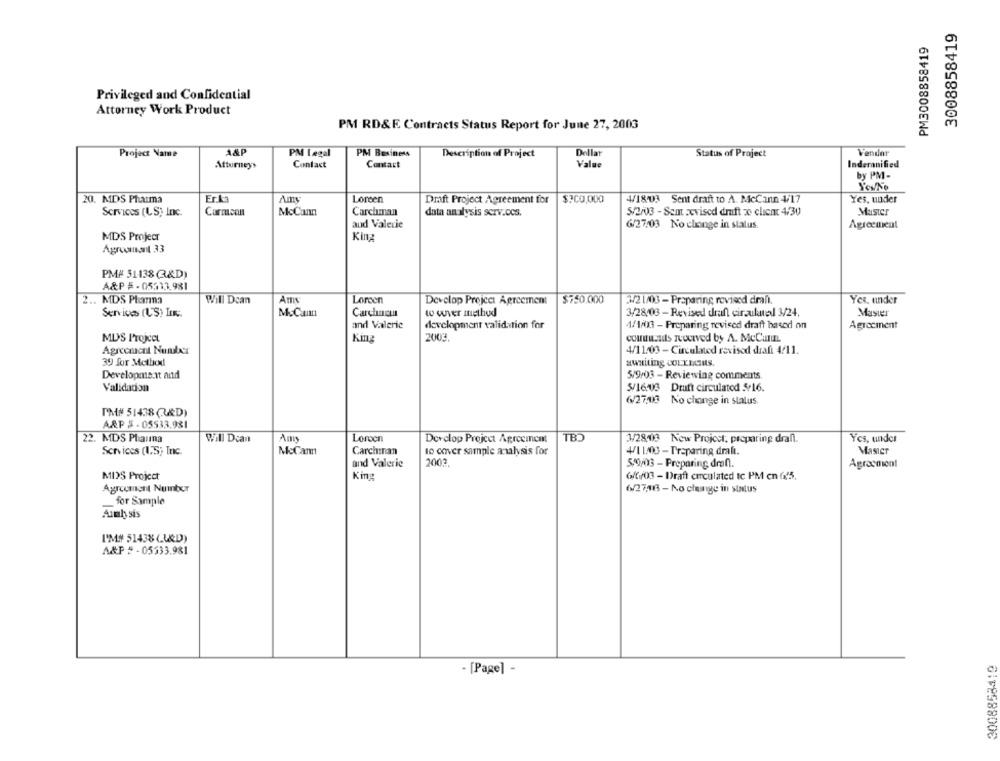
3008858419
PM3008858419
Privileged and Confidential
Attorney Work Product
PM RD&E Contracts Status Report for June 27, 2003
Project Name
A&P
PM Legal
PM Business
Dellat
Status of Project
Vender
Description of Project
Attorneys
Contact
Contact
Value
Inderanified
by PM-
20. MDS Pharma
Amy
Loreen
$?CO,000
4/18/03 Sent draft to A. McCann 4/17
Yes, under
Draft Project Agreement for
Services (LS) Inc.
Carmcan
McCann
Carchman
data analysis scrv.ccs.
5/2/03 - Semt zevised draft ze client 4/30
Master
and Valerie
6/27/03 No change in status.
Agreement
MDS Project
King
Agrooment 33
PM# 51438Q&D)
A&P # - 05333.981
Am
2 .. MDS Planna
Will Dcan
Loreen
Develop Project Agreement
$750.000
3/2 1/03 - Preparing revised draft.
Yes. under
Services (US) In.
Carcincu
to wver method
3/28/03 - Revised dran circulatedl 3/24.
Master
and Valerie
development validation for
4/1/03 - Preparing revised draft based on
Agrocmnent
MUS Projcet
King
2003.
commusuits received by A. MeCunun
Agreement Number
4/11.03 - Circulated revised draft 4/11.
39 for Method
awaiting COLLINS,
Development and
5/9/03 - Reviewing comments
Validation
5/16/03 Druft circulatod 516.
6/27,13
No change in status.
PM# 51438 (AD)
A&P #-05533.981
22. MDS Phauna
Will Dcan
Ans
Loroen
Develop Project Agreement
TBD
3/28:03 New Project, preparing draft.
Yes, under
McCann
10 cover sample analysis for
Masier
Services (IIS; Inc.
Carchinan
4/1 1/03 - Preparing dralı.
and Valerie
2003
5/9/03 - Preparing dran.
Agreement
MDS Project
King
6/6/03 - Draft circulated tc PM en f1'5.
Agreement Number
6/27,16 - No change in status
for Sample
Analysis
I'M# 51438(D)
A&P # -05533.981
3008858419
- [Page] -